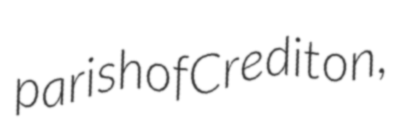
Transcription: parish of Crediton,